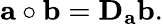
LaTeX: \mathbf{a}\circ\mathbf{b}=\mathbf{D}_{\mathbf{a}}\mathbf{b}.